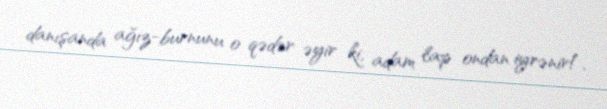
danışanda ağız-burnunu o qədər əyir ki, adam lap ondan iyrənir!.